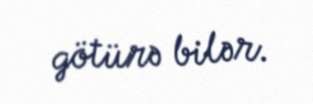
götürə bilər.